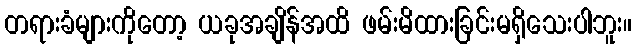
တရားခံများကိုတော့ ယခုအချိန်အထိ ဖမ်းမိထားခြင်းမရှိသေးပါဘူး။